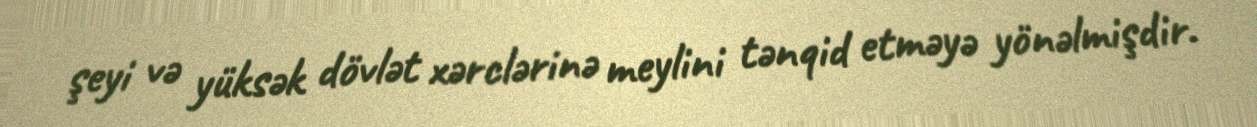
şeyi və yüksək dövlət xərclərinə meylini tənqid etməyə yönəlmişdir.